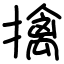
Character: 擒